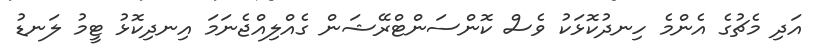
އަދި މެޗުގެ އެންމެ ހިނދުކޮޅަކު ވެސް ކޮންސަންޓްރޭޝަން ގެއްލިއްޖެނަމަ އިނދިކޮޅު ޓީމު ލަނޑު